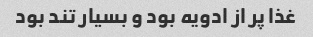
غذا پر از ادویه بود و بسیار تند بود